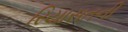
રિયાસતની